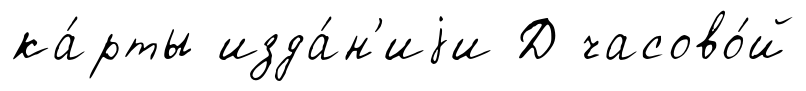
ка́рты изда́н'иjи Д часово́й